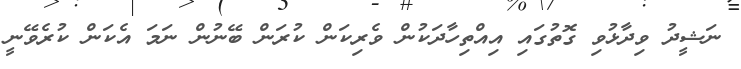
ނަޝީދު ވިދާޅުވި ގޮތުގައި އިއްތިހާދަކުން ވެރިކަން ކުރަން ބޭނުން ނަމަ އެކަން ކުރެވޭނީ